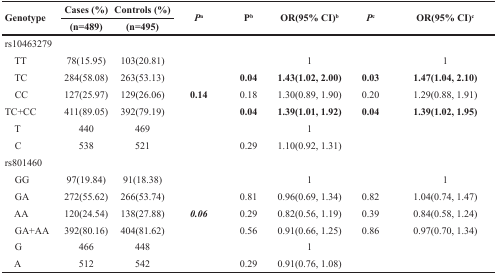
| <ROWSPAN=2> Genotype | Cases (%) | Controls (%) | <ROWSPAN=2> Pa | <ROWSPAN=2> Pb | <ROWSPAN=2> OR(95% CI)b | <ROWSPAN=2> Pc | <ROWSPAN=2> OR(95% CI)c |
 | (n=489) | (n=495) |
 | --- | --- | --- | --- | --- | --- | --- | --- |
 | rs10463279 |  |  |  |  |  |  |  |
 | TT | 78(15.95) | 103(20.81) |  |  | 1 |  | 1 |
 | TC | 284(58.08) | 263(53.13) |  | 0.04 | 1.43(1.02, 2.00) | 0.03 | 1.47(1.04, 2.10) |
 | CC | 127(25.97) | 129(26.06) | 0.14 | 0.18 | 1.30(0.89, 1.90) | 0.20 | 1.29(0.88, 1.91) |
 | TC+CC | 411(89.05) | 392(79.19) |  | 0.04 | 1.39(1.01, 1.92) | 0.04 | 1.39(1.02, 1.95) |
 | T | 440 | 469 |  |  | 1 |  |  |
 | C | 538 | 521 |  | 0.29 | 1.10(0.92, 1.31) |  |  |
 | rs801460 |  |  |  |  |  |  |  |
 | GG | 97(19.84) | 91(18.38) |  |  | 1 |  | 1 |
 | GA | 272(55.62) | 266(53.74) |  | 0.81 | 0.96(0.69, 1.34) | 0.82 | 1.04(0.74, 1.47) |
 | AA | 120(24.54) | 138(27.88) | 0.06 | 0.29 | 0.82(0.56, 1.19) | 0.39 | 0.84(0.58, 1.24) |
 | GA+AA | 392(80.16) | 404(81.62) |  | 0.56 | 0.91(0.66, 1.25) | 0.86 | 0.97(0.70, 1.34) |
 | G | 466 | 448 |  |  | 1 |  |  |
 | A | 512 | 542 |  | 0.29 | 0.91(0.76, 1.08) |  |  |